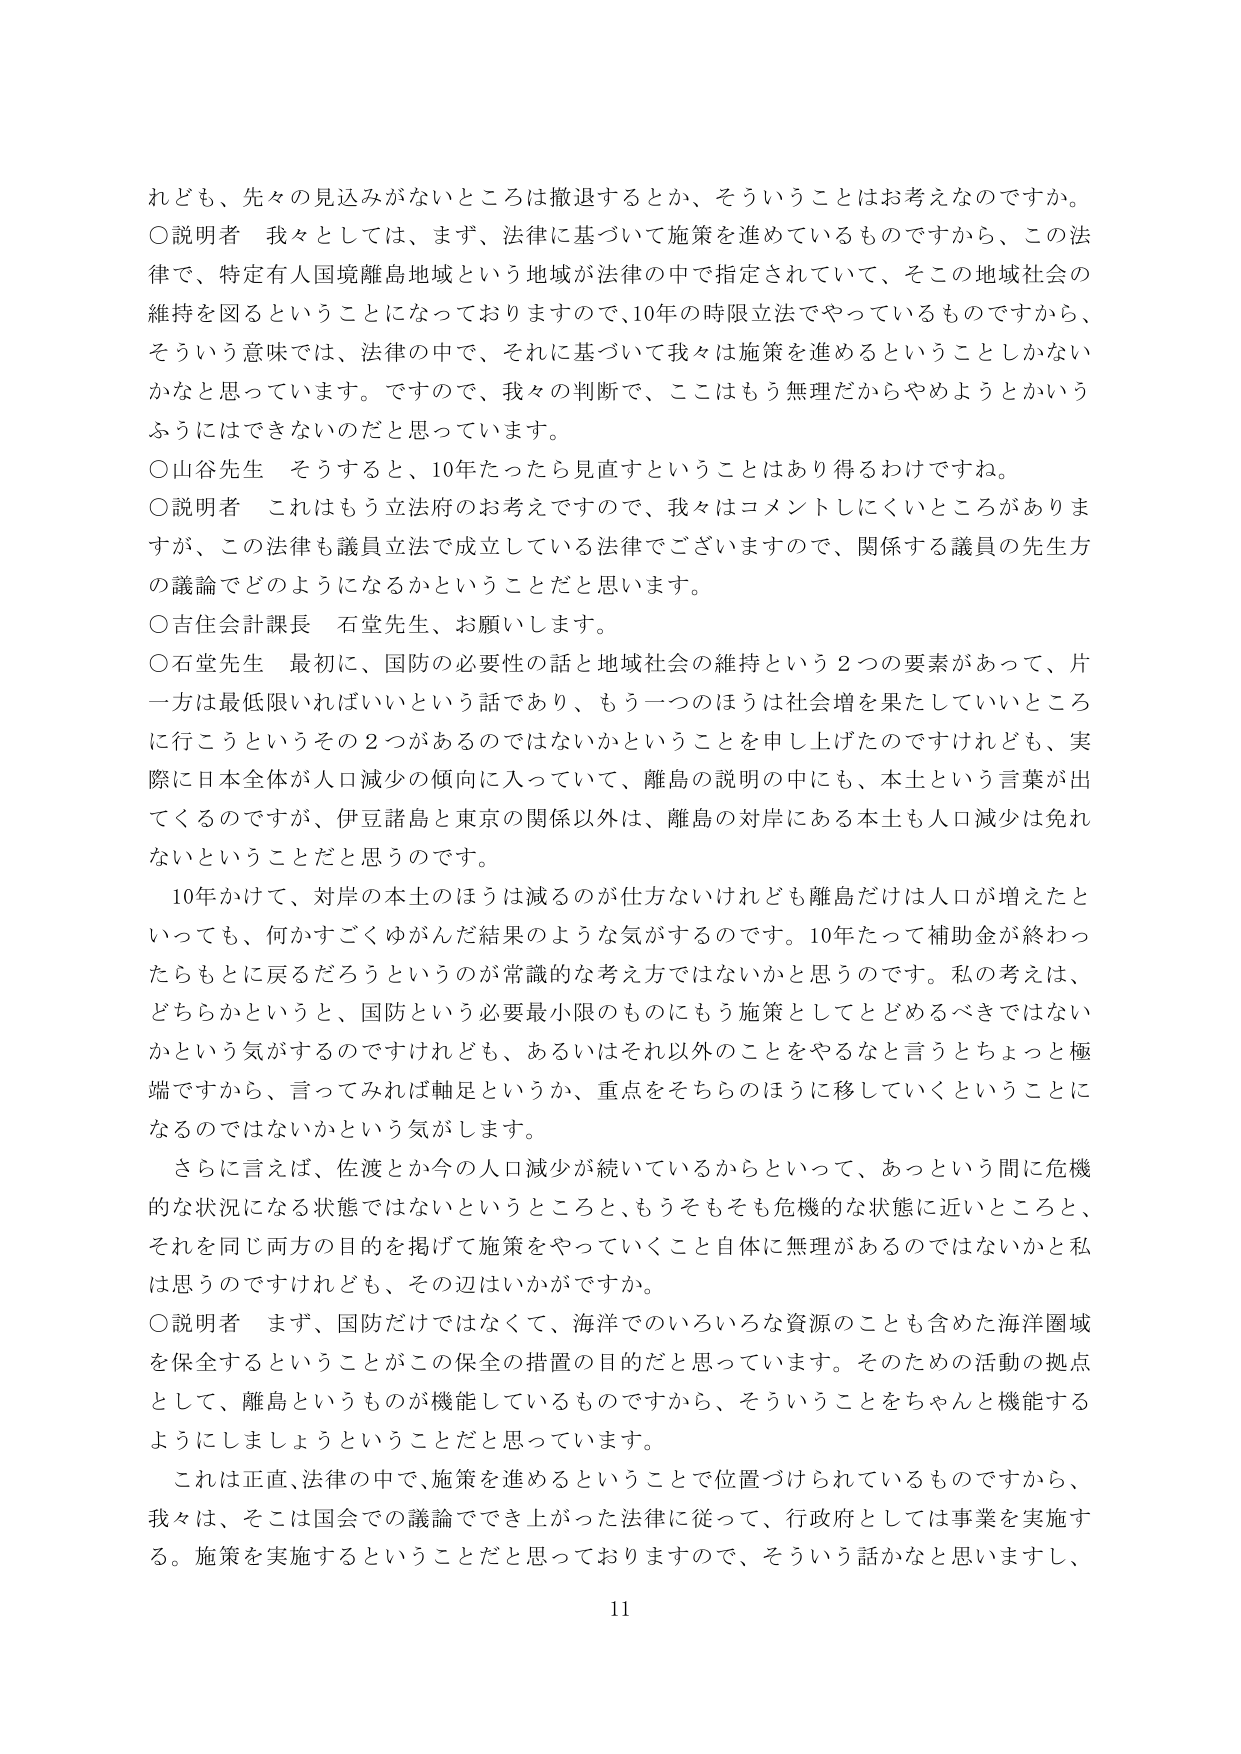
れども、先々の見込みがないところは撤退するとか、そういうことはお考えなのですか。

○説明者　我々としては、まず、法律に基づいて施策を進めているものですから、この法律で、特定有人国境離島地域という地域が法律の中で指定されていて、そこの地域社会の維持を図ることになっておりますので、10年の時限立法でやっているものですから、そういう意味では、法律の中で、それに基づいて我々は施策を進めるということしかないかなと思っています。ですので、我々の判断で、ここはもう無理だからやめようとかいうふうにはできないのだと思っています。

○山谷先生　そうすると、10年たったら見直すということはあり得るわけですね。

○説明者　これはもう立法府のお考えですので、我々はコメントしにくいところがありますが、この法律も議員立法で成立している法律でございますので、関係する議員の先生方の議論でどのようになるかということだと思います。

○吉住会計課長　石堂先生、お願いします。

○石堂先生　最初に、国防の必要性の話と地域社会の維持という2つの要素があって、片一方は最低限いればいいという話であり、もう一つのほうは社会増を果たしていいところに行こうというその2つがあるのではないかなということを申し上げたのですけれども、実際に日本全体が人口減少の傾向に入っていて、離島の説明の中にも、本土という言葉が出てくるのですが、伊豆諸島と東京の関係以外は、離島の対岸にある本土も人口減少は免れないということだと思うのです。

10年かけて、対岸の本土のほうは減るのが仕方ないけれども離島だけは人口が増えたといっても、何かすごくゆがんだ結果のような気がするのです。10年たって補助金が終わったらもとに戻るだろうというのが常識的な考え方ではないかと思うのです。私の考えは、どちらかというと、国防という必要最小限のものにもう施策としてとどめるべきではないかという気がするのですけれども、あるいはそれ以外のことをやると言うとちょっと極端ですから、言ってみれば軸足というか、重点をそちらのほうに移していくということになるのではないかという気がします。

さらに言えば、佐渡とか今の人口減少が続いているからといって、あっという間に危機的な状況になる状態ではないというところと、もうそもそも危機的な状態に近いところと、それを同じ両方の目的を掲げて施策をやっていくこと自体に無理があるのではないかと私は思うのですけれども、その辺はいかがですか。

○説明者　まず、国防だけではなくて、海洋でのいろいろな資源のことも含めた海洋圏域を保全するということがこの保全の措置の目的だと思っています。そのための活動の拠点として、離島というものが機能しているものですから、そういうことをちゃんと機能するようにしましょうということだと思っています。

これは正直、法律の中で、施策を進めるということで位置づけられているものですから、我々は、そこは国会での議論ででき上がった法律に従って、行政府としては事業を実施する。施策を実施するということだと思っておりますので、そういう話かなと思いますし、

11